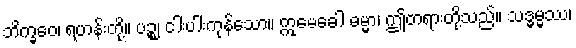
ဘိက္ခဝေ၊ ရဟန်းတို့။ ပဉ္စ၊ ငါးပါးကုန်သော။ ဣမေခေါ ဓမ္မာ၊ ဤတရားတို့သည်။ သဒ္ဓမ္မဿ၊